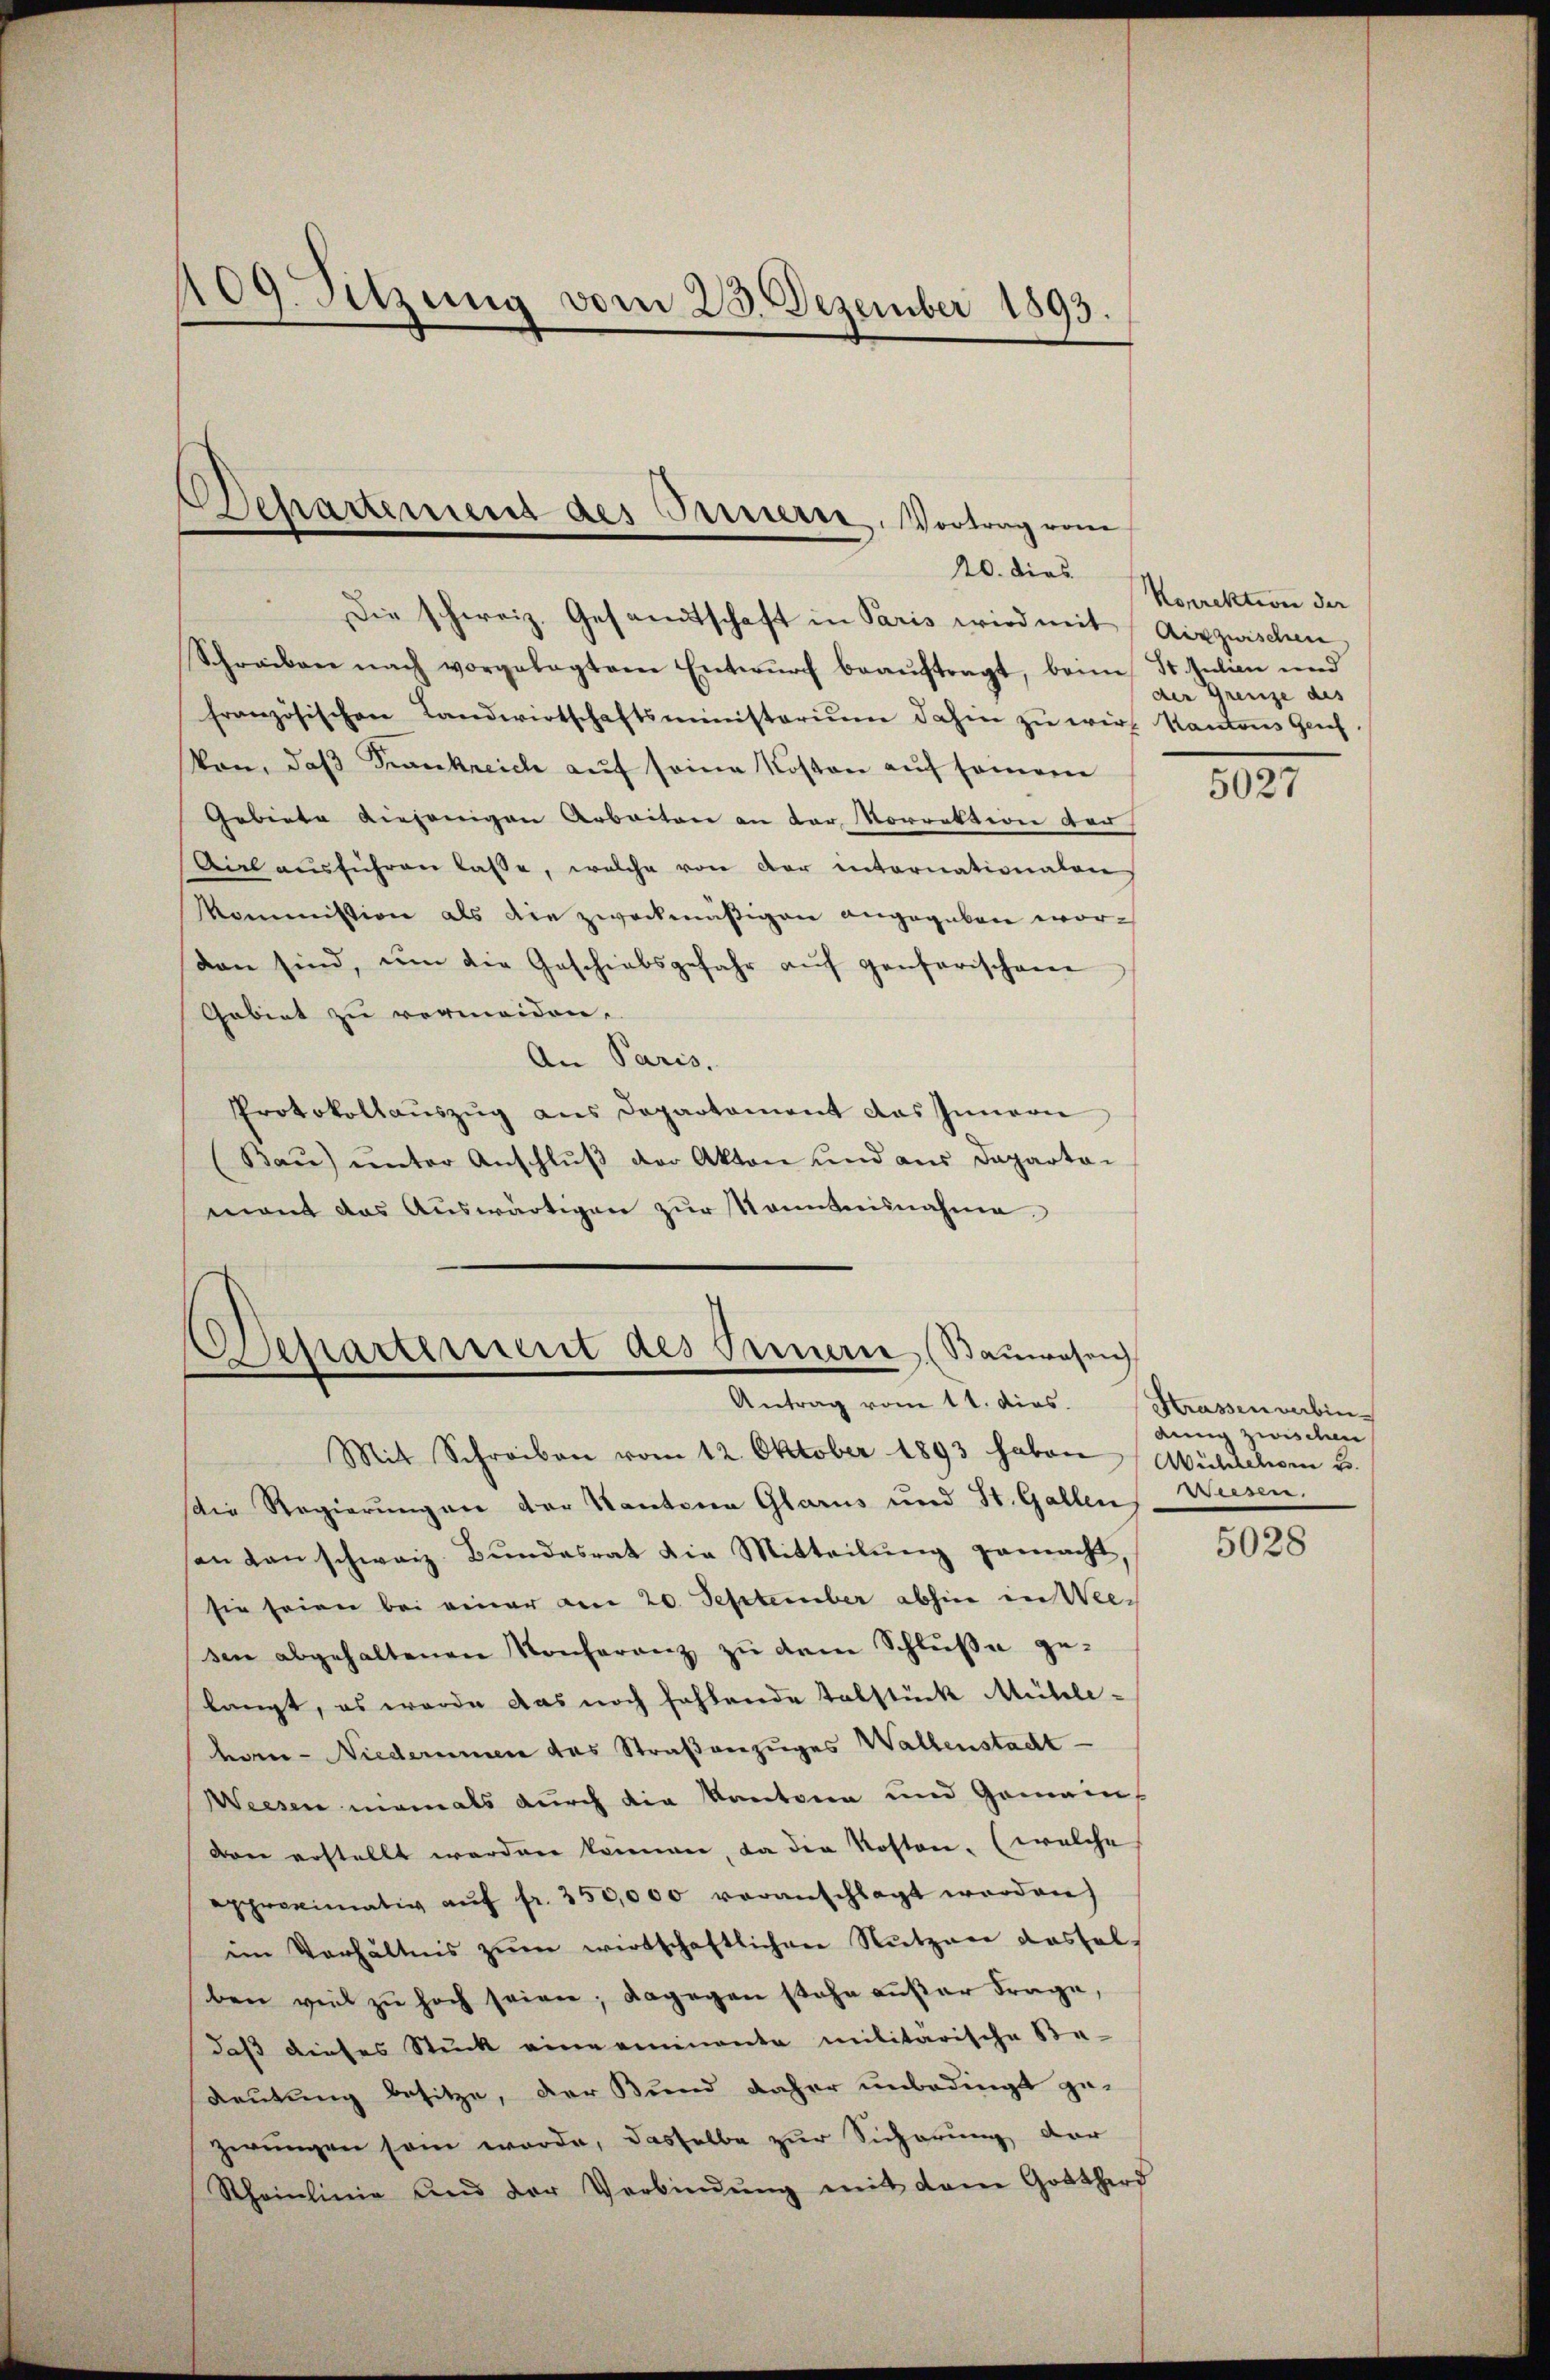
109. Sitzung vom 23. Dezember 1893.

Departement des Fernern, Vortrag vom
20. dies

Die schweiz. Gesandtschaft in Paris wird mit Aixzwischen
Schreiben nach vorgelegtem Entwŭrf beaŭftragt, beim St. Julien und
französischen Landwirtschaftsministerium dahin zŭ wir Kantons Genf
Von, daß Frankreich auf seine Kosten auf seinere
Gebiete diejenigen Arbeiten an der Korrektion der
Vieh aŭsführen lasse, welche von der internationalen
Kommission als die zweckmäßigen angegeben wordon sind, um die Geschiebsgefahr aŭf genferischen
Gebiet zu vermeiden.
An Paris,
Protokollauszug aus Departament das Innern
(Baŭ) ŭnter Anschlŭβ der Akten und aus Departa-
mant das Auswärtigen zur Kenntnisnahme

Departement des Bernerie (Bauwesen
Antrag vom 11. dies

Mit Schreiben vom 12. Oktober 1893 haben Mühlehen u.
Die Regierungen der Kantone Glarus und St. Gallen Wiesen.
santen schweiz. Bundesrat die Mitteilung gemacht
sie seien bei einer am 20. September abhin in Wee¬
Den abgehaltenen Konferanz zu dem Schluße ge-
langt, es werde das noch fehlende telstück Mühle-
hern Niederumen das Straßenzuges Wallenstacht
Weesen niemals durch die Kantona und Gemein-
von erstellt worden können, da der Kosten. (welche
approximativ aŭf fr. 350,000 veranschlagt werden)
im Verhältnis zŭm wirtschaftlichere Nutzere dassel
ben viel zu hoch seien; dagegen stehe außer Frage,
daß dieses Stück eine aminanta militärische Be-
Deutung besitze, der Bund daher unbedingt ge-
zwungen sein werde, dasselbe zur Sicherung der
Rheinlinie und der Verbindŭng mit dem Gotthard

Korrektion der
der Grenze des

5027

Strassenverbin
dung zwischen

5028